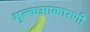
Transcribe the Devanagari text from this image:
शुल्कआकारणी